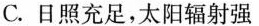
C.日照充足，太阳辐射强